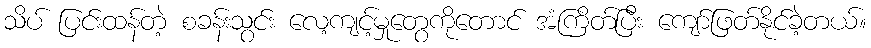
သိပ် ပြင်းထန်တဲ့ စခန်းသွင်း လေ့ကျင့်မှုတွေကိုတောင် အံကြိတ်ပြီး ကျော်ဖြတ်နိုင်ခဲ့တယ်။